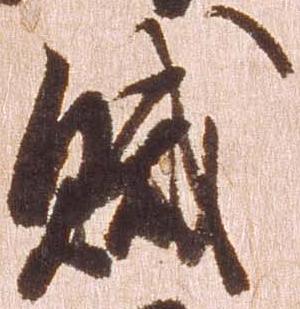
賊